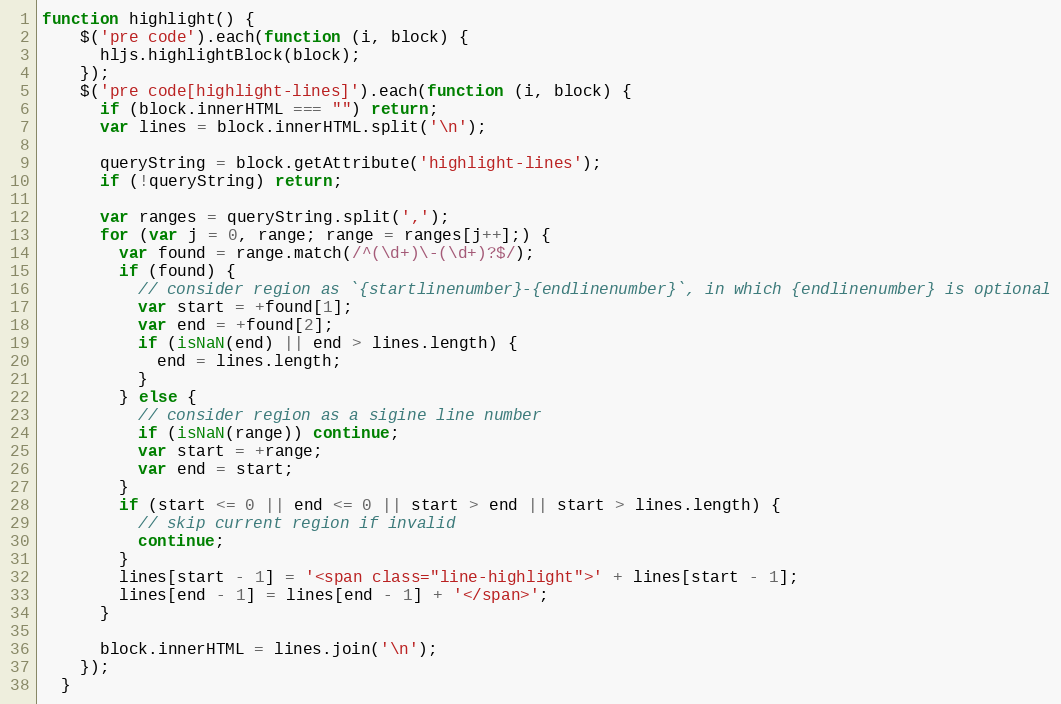
Language: JavaScript
function highlight() {
    $('pre code').each(function (i, block) {
      hljs.highlightBlock(block);
    });
    $('pre code[highlight-lines]').each(function (i, block) {
      if (block.innerHTML === "") return;
      var lines = block.innerHTML.split('\n');

      queryString = block.getAttribute('highlight-lines');
      if (!queryString) return;

      var ranges = queryString.split(',');
      for (var j = 0, range; range = ranges[j++];) {
        var found = range.match(/^(\d+)\-(\d+)?$/);
        if (found) {
          // consider region as `{startlinenumber}-{endlinenumber}`, in which {endlinenumber} is optional
          var start = +found[1];
          var end = +found[2];
          if (isNaN(end) || end > lines.length) {
            end = lines.length;
          }
        } else {
          // consider region as a sigine line number
          if (isNaN(range)) continue;
          var start = +range;
          var end = start;
        }
        if (start <= 0 || end <= 0 || start > end || start > lines.length) {
          // skip current region if invalid
          continue;
        }
        lines[start - 1] = '<span class="line-highlight">' + lines[start - 1];
        lines[end - 1] = lines[end - 1] + '</span>';
      }

      block.innerHTML = lines.join('\n');
    });
  }